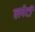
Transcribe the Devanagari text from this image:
लपेटीं